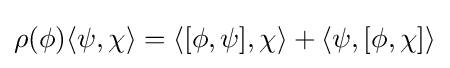
\rho (\phi )\langle \psi ,\chi \rangle =\langle [\phi ,\psi ],\chi \rangle +\langle \psi ,[\phi ,\chi ]\rangle